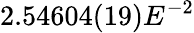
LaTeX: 2.54604(19)E^{-2}